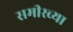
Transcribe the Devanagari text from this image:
समीरच्या